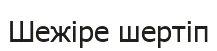
Шежіре шертіп